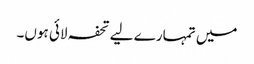
میں تمہارے لیے تحفہ لائی ہوں۔